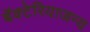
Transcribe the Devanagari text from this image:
बॅक्टेरियाजन्य